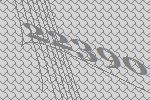
22390